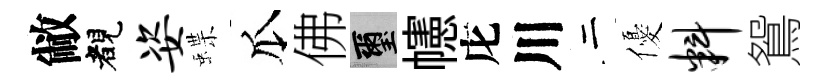
敝睹姿蝶瓜佛璽幰庀川二優料鴛